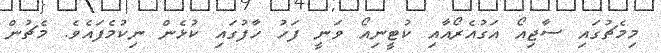
މިމެޗުގައި ސާޖިއޯ އަގުއެރޯއާއި ކުޓީނިއޯ ވަނީ ފަހު ހާފުގައި ކުޅެން ނިކުމެފައެވެ. މެޗުން